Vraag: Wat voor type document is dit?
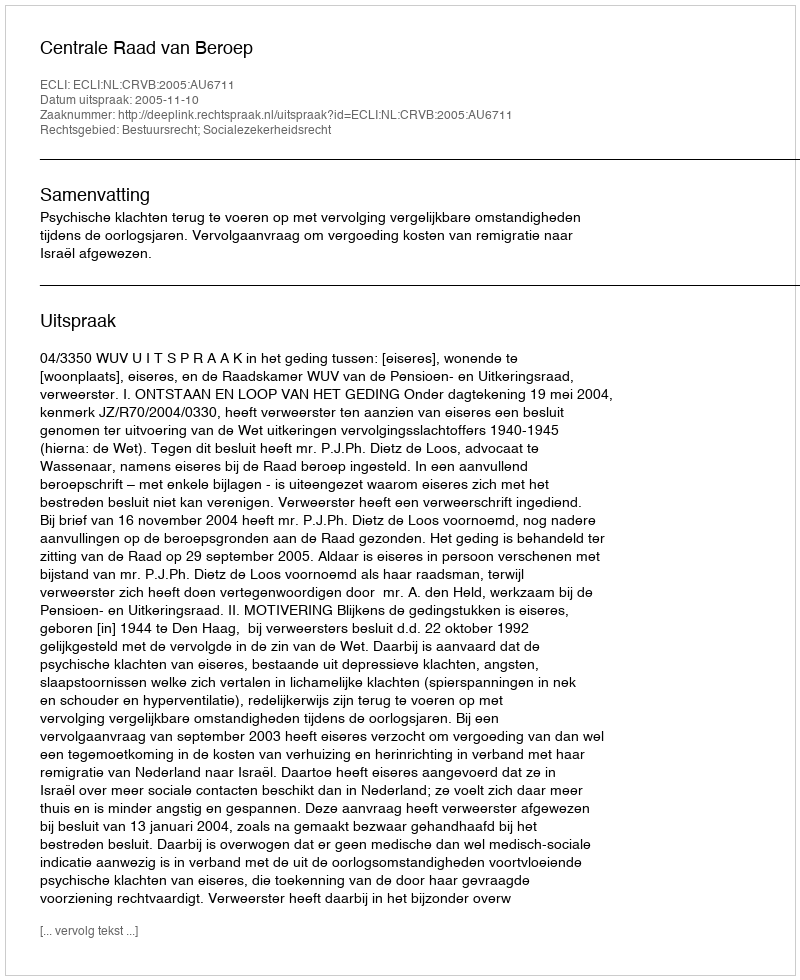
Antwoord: Uitspraak